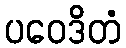
ပဝေဒိတံ